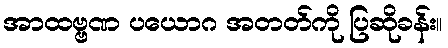
အာထဗ္ဗဏ ပယောဂ အတတ်ကို ပြဆိုခန်း။